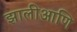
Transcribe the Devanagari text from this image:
झालीआणि